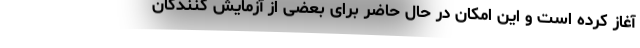
آغاز کرده است و این امکان در حال حاضر برای بعضی از آزمایش کنندگان